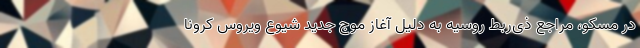
در مسکو، مراجع ذی‌ربط روسیه به دلیل آغاز موج جدید شیوع ویروس کرونا